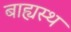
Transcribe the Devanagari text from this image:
बाह्यस्थ